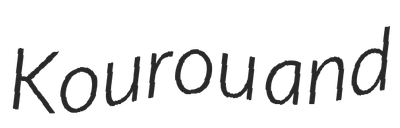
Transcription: Kourou and